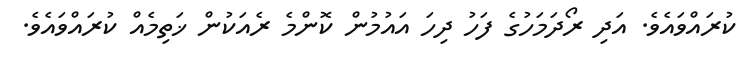
ކުރައްވައެވެ. އަދި ރޯދަމަހުގެ ފަހު ދިހަ އައުމުން ކޮންމެ ރެއަކުން ޚަތިމެއް ކުރައްވައެވެ.